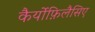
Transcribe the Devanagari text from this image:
कैर्योफ़िलैसिए